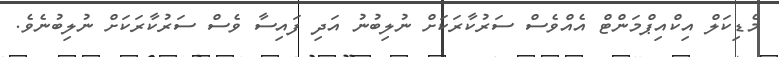
މެޑިކަލް އިކްއިޕްމަންޓް އެއްވެސް ސަރުކާރަކަށް ނުލިބުނު އަދި ފައިސާ ވެސް ސަރުކާރަކަށް ނުލިބުނެވެ.